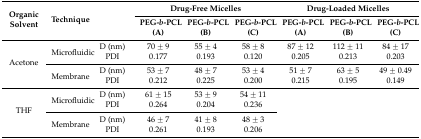
| <ROWSPAN=2> Organic Solvent | <ROWSPAN=2> Technique | <ROWSPAN=2>  | <COLSPAN=3> Drug-Free Micelles | <COLSPAN=3> Drug-Loaded Micelles |
 | PEG-b-PCL (A) | PEG-b-PCL (B) | PEG-b-PCL (C) | PEG-b-PCL (A) | PEG-b-PCL (B) | PEG-b-PCL (C) |
 | --- | --- | --- | --- | --- | --- | --- | --- | --- |
 | <ROWSPAN=4> Acetone | <ROWSPAN=2> Microfluidic | D (nm) | 70 ± 9 | 55 ± 4 | 58 ± 8 | 87 ± 12 | 112 ± 11 | 84 ± 17 |
 | PDI | 0.177 | 0.193 | 0.120 | 0.205 | 0.213 | 0.203 |
 | <ROWSPAN=2> Membrane | D (nm) | 53 ± 7 | 48 ± 7 | 53 ± 4 | 51 ± 7 | 63 ± 5 | 49 ± 0.49 |
 | PDI | 0.212 | 0.225 | 0.200 | 0.215 | 0.195 | 0.149 |
 | <ROWSPAN=4> THF | <ROWSPAN=2> Microfluidic | D (nm) | 61 ± 15 | 53 ± 9 | 54 ± 11 | <ROWSPAN=4-COLSPAN=3>  |
 | PDI | 0.264 | 0.204 | 0.236 |
 | <ROWSPAN=2> Membrane | D (nm) | 46 ± 7 | 41 ± 8 | 48 ± 3 |
 | PDI | 0.261 | 0.193 | 0.206 |